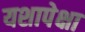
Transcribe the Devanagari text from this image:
यशापेक्षा